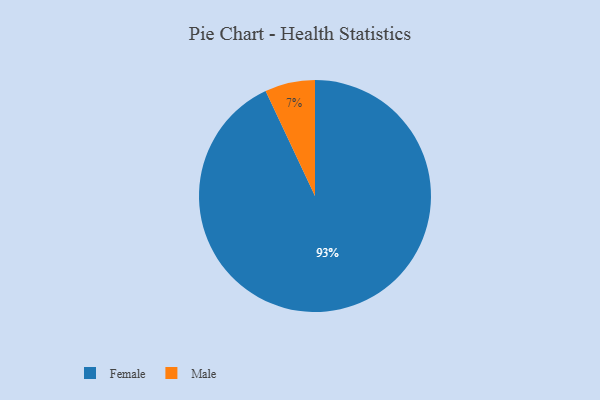
{"axis": {"x": "Category", "y": "Percentage"}, "legend": ["Female", "Male"], "data": [{"x": "Male", "y": 7, "type": "Male"}, {"x": "Female", "y": 93, "type": "Female"}]}